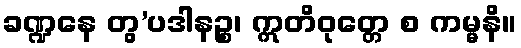
ခဏ္ဍနေ တွ’ပဒါနဉ္စ၊ ဣတိဝုတ္တေ စ ကမ္မနိ။